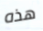
هذه